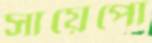
সায়েপো